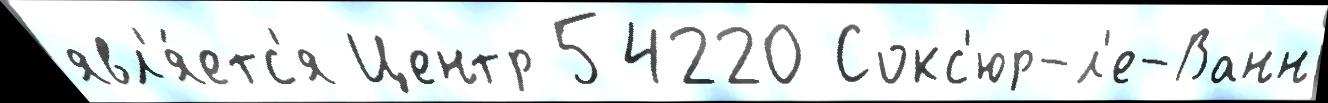
явл'я́етс'я Центр 54220 Сокс'юр-л'е-Ванн